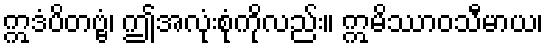
ဣဒံပိတဗ္ဗံ၊ ဤအလုံးစုံကိုလည်း။ ဣမိဿာဝသီမာယ၊